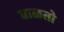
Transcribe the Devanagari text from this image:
वाळतो